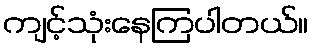
ကျင့်သုံးနေကြပါတယ်။